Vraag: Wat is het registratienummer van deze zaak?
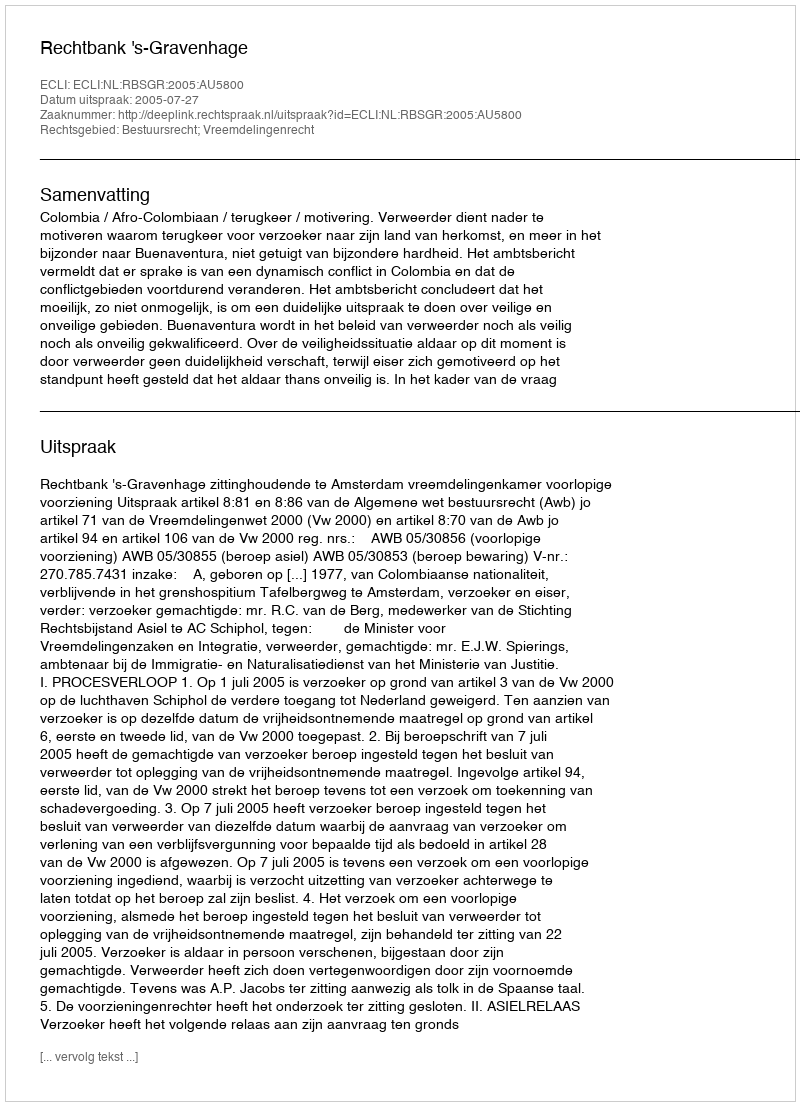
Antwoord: http://deeplink.rechtspraak.nl/uitspraak?id=ECLI:NL:RBSGR:2005:AU5800